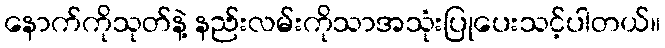
နောက်ကိုသုတ်နဲ့ နည်းလမ်းကိုသာအသုံးပြုပေးသင့်ပါတယ်။